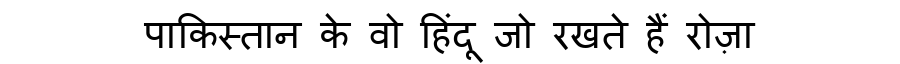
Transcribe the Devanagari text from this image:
पाकिस्तान के वो हिंदू जो रखते हैं रोज़ा